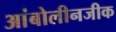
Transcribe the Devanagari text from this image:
आंबोलीनजीक